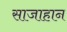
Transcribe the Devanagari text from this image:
साजाहान